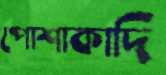
পোশাকাদি